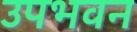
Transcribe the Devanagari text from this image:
उपभवन